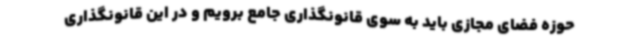
حوزه فضای مجازی باید به سوی قانونگذاری جامع برویم و در این قانونگذاری